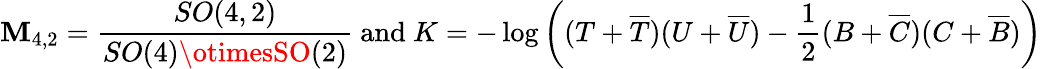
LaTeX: {\cal\mathbf{M}}_{4,2}=\frac{{SO(4,2)}}{{SO(4)\otimesSO(2)}}\mathrm{{~and~}}K=-\log\left((T+\overline{{{{T}}}})(U+\overline{{{{U}}}})-\frac{{1}}{{2}}(B+\overline{{{{C}}}})(C+\overline{{{{B}}}})\right)